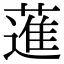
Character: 𦻗